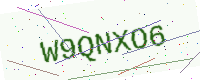
Text: W9QNXO6